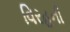
વિરહની